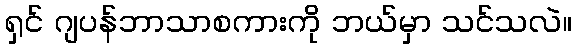
ရှင် ဂျပန်ဘာသာစကားကို ဘယ်မှာ သင်သလဲ။